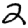
Digit: 2